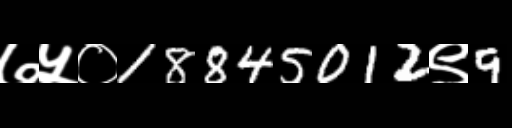
Text: ७५०18845012९9